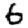
Digit: 6